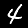
Label: 4